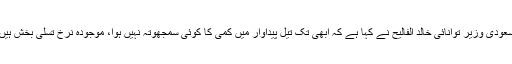
سعودی وزیر توانائی خالد الفالیح نے کہا ہے کہ ابھی تک تیل پیداوار میں کمی کا کوئی سمجھوتہ نہیں ہوا، موجودہ نرخ تسلی بخش ہیں۔